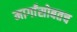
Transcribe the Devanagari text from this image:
मार्गांसोबतच